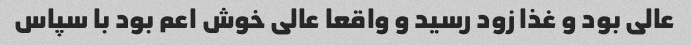
عالی بود و غذا زود رسید و واقعا عالی خوش اعم بود با سپاس